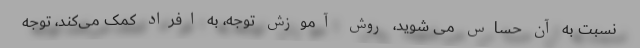
نسبت به آن حساس می شوید، روش آموزش توجه، به افراد کمک می‌کند، توجه